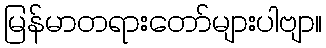
မြန်မာတရားတော်များပါဗျာ။